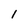
Character: I